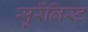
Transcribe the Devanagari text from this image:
सुर्रेलिस्ट